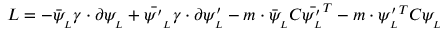
L = - \bar { \psi } _ { _ { L } } \gamma \cdot \partial \psi _ { _ { L } } + \bar { \psi ^ { \prime } } _ { _ { L } } \gamma \cdot \partial \psi _ { _ { L } } ^ { \prime } - m \cdot \bar { \psi } _ { _ { L } } C \bar { \psi _ { _ { L } } ^ { \prime } } ^ { T } - m \cdot \psi _ { _ { L } } ^ { \prime \, T } C \psi _ { _ { L } }